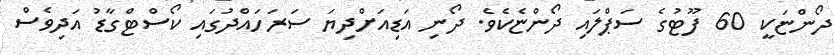
ދޯންޏަކީ 60 ފޫޓުގެ ސަޕްލައި ދޯންޏެކެވެ. ދޯނި އަޑިއަށްދިޔަ ސަރަހައްދުގައި ކޯސްޓްގާޑު އަދިވެސް